Vaccination United Provinces of Agra and Oudh 1923-1928 - 1923-1928
Year: 1923
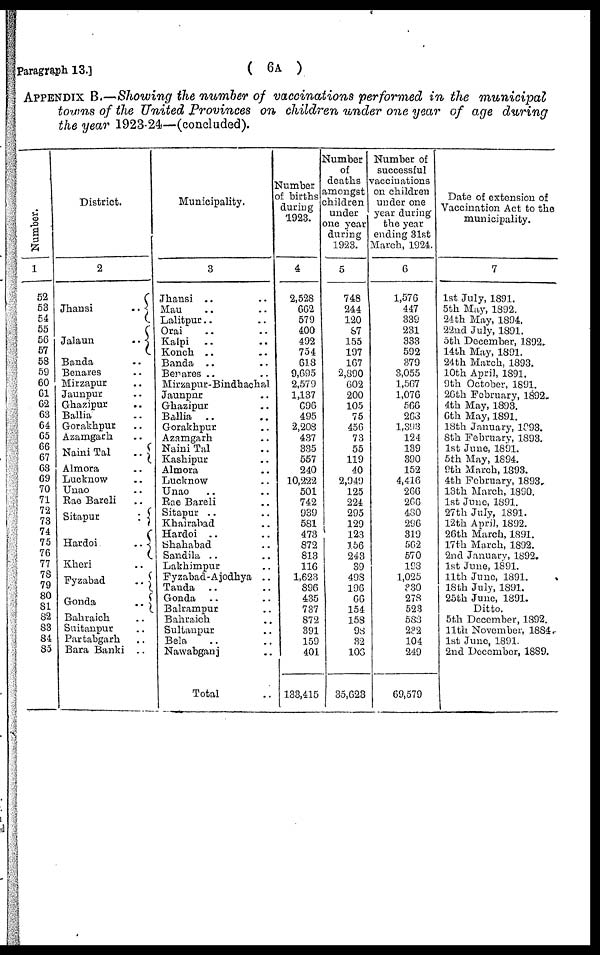
Paragraph 13.]
( 6A )
APPENDIX B.—Showing the number of vaccinations performed in the municipal
towns of the United Provinces on children under one year of age during
the year 1923-24—(concluded).
Number.
1
52
53
54
55
56
57
58
59
60
61
62
63
64
65
66
67
68
69
70
71
72
73
74
75
76
77
78
79
80
81
82
83
84
85
District.
2
Jhansi
..
Jalaun
..
Banda ..
Benares ..
Mirzapur ..
Jaunpur ..
Ghazipur ..
Ballia ..
Gorakhpur ..
Azamgarh ..
Naini Tal
..
Almora ..
Lucknow ..
Unao ..
Rae Bareli ..
Sitapur
..
Hardoi
..
Kheri ..
Fyzabad
..
Gonda
..
Bahraich ..
Sultanpur ..
Partabgarh ..
Bara Banki ..
Municipality.
3
Jhansi .. ..
Mau .. ..
Lalitpur .. ..
Orai .. ..
Kalpi .. ..
Konch .. ..
Banda .. ..
Benares .. ..
Mirzapur-Bindhachal
Jaunpur .. ..
Ghazipur .. ..
Ballia .. ..
Gorakhpur .. ..
Azamgarh .. ..
Naini Tal .. ..
Kashipur ..
Almora .. ..
Lucknow .. ..
Unao .. ..
Rae Bareli ..
Sitapur .. ..
Khairabad .. ..
Hardoi .. ..
Shahabad .. ..
Sandila .. ..
Lakhimpur ..
Fyzabad-Ajodhya ..
Tanda .. ..
Gonda .. ..
Balrampur ..
Bahraich ..
Sultanpur ..
Bela .. ..
Nawabganj ..
Total ..
Number
of births
during
1923.
4
2,528
662
579
400
492
754
618
9,695
2,579
1,137
696
495
2,208
437
335
557
240
10,222
501
742
939
581
473
872
813
116
1,623
896
435
737
872
391
159
401
133,415
Number
of
deaths
amongst
children
under
one year
during
1923.
5
748
244
120
87
155
197
167
2,890
602
200
105
75
456
73
55
119
40
2,949
125
224
295
129
123
156
243
39
498
196
66
154
158
98
32
106
35,623
Number of
successful
vaccinations
on children
under one
year during
the year
ending 31st
March, 1924.
6
1,576
447
339
231
333
592
379
3,055
1,567
1,076
566
263
l,393
124
139
390
152
4,416
266
266
480
296
319
562
570
193
1,025
330
278
523
583
232
104
249
69,579
Date of extension of
Vaccination Act to the
municipality.
7
1st July, 1891.
5th May, 1892.
24th May, 1894.
22nd July, 1891.
5th December, 1892.
14th May, 1891.
24 th March, 1893.
10th April, 1891.
9th October, 1891.
26th February, 1892.
4th May, 1893.
6th May, 1891.
18th January, 1893.
8th February, 1893.
1st June, 1891.
5th May, 1894.
9th March, 1893.
4th February, 1893.
13th March, 1890.
1st June, 1891.
27th July, 1891.
12th April, 1892.
26th March, 1891.
17th March, 1892.
2nd January, 1892.
1st June, 1891.
11th June, 1891.
18th July, 1891.
25th June, 1891.
Ditto.
5th December, 1892.
11th November, 1884.
1st June, 1891.
2nd December, 1889.